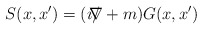
\begin{align*}S(x,x') = (i/\hspace{-3mm}\nabla+m)G(x,x')\end{align*}